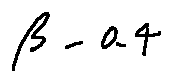
\beta - 0 . 4